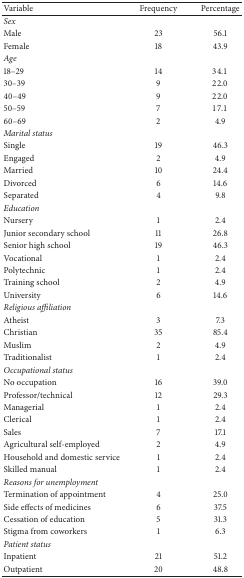
<table><thead><tr><td><b>Variable</b></td><td><b>Frequency</b></td><td><b>Percentage</b></td></tr></thead><tbody><tr><td><i>Sex</i></td><td> </td><td> </td></tr><tr><td>Male</td><td>23</td><td>56.1</td></tr><tr><td>Female</td><td>18</td><td>43.9</td></tr><tr><td><i>Age</i></td><td> </td><td> </td></tr><tr><td>18–29</td><td>14</td><td>34.1</td></tr><tr><td>30–39</td><td>9</td><td>22.0</td></tr><tr><td>40–49</td><td>9</td><td>22.0</td></tr><tr><td>50–59</td><td>7</td><td>17.1</td></tr><tr><td>60–69</td><td>2</td><td>4.9</td></tr><tr><td colspan="2"><i>Marital status</i></td><td> </td></tr><tr><td>Single</td><td>19</td><td>46.3</td></tr><tr><td>Engaged</td><td>2</td><td>4.9</td></tr><tr><td>Married</td><td>10</td><td>24.4</td></tr><tr><td>Divorced</td><td>6</td><td>14.6</td></tr><tr><td>Separated</td><td>4</td><td>9.8</td></tr><tr><td colspan="2"><i>Education</i></td><td> </td></tr><tr><td>Nursery</td><td>1</td><td>2.4</td></tr><tr><td>Junior secondary school</td><td>11</td><td>26.8</td></tr><tr><td>Senior high school</td><td>19</td><td>46.3</td></tr><tr><td>Vocational</td><td>1</td><td>2.4</td></tr><tr><td>Polytechnic</td><td>1</td><td>2.4</td></tr><tr><td>Training school</td><td>2</td><td>4.9</td></tr><tr><td>University</td><td>6</td><td>14.6</td></tr><tr><td colspan="2"><i>Religious affiliation</i></td><td> </td></tr><tr><td>Atheist</td><td>3</td><td>7.3</td></tr><tr><td>Christian</td><td>35</td><td>85.4</td></tr><tr><td>Muslim</td><td>2</td><td>4.9</td></tr><tr><td>Traditionalist</td><td>1</td><td>2.4</td></tr><tr><td colspan="2"><i>Occupational status</i></td><td> </td></tr><tr><td>No occupation</td><td>16</td><td>39.0</td></tr><tr><td>Professor/technical</td><td>12</td><td>29.3</td></tr><tr><td>Managerial</td><td>1</td><td>2.4</td></tr><tr><td>Clerical</td><td>1</td><td>2.4</td></tr><tr><td>Sales</td><td>7</td><td>17.1</td></tr><tr><td>Agricultural self-employed</td><td>2</td><td>4.9</td></tr><tr><td>Household and domestic service</td><td>1</td><td>2.4</td></tr><tr><td>Skilled manual</td><td>1</td><td>2.4</td></tr><tr><td colspan="3"><i>Reasons for unemployment</i></td></tr><tr><td>Termination of appointment</td><td>4</td><td>25.0</td></tr><tr><td>Side effects of medicines</td><td>6</td><td>37.5</td></tr><tr><td>Cessation of education</td><td>5</td><td>31.3</td></tr><tr><td>Stigma from coworkers</td><td>1</td><td>6.3</td></tr><tr><td colspan="2"><i>Patient status</i></td><td> </td></tr><tr><td>Inpatient</td><td>21</td><td>51.2</td></tr><tr><td>Outpatient</td><td>20</td><td>48.8</td></tr></tbody></table>